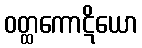
ဝတ္ထကောဋိယော